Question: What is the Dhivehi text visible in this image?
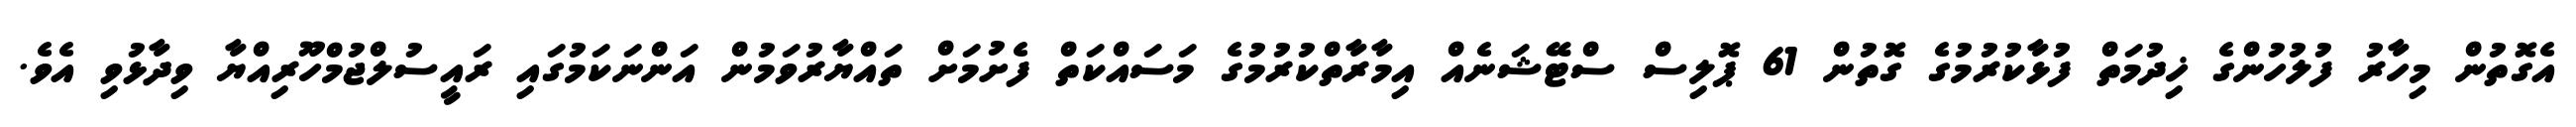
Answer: އެގޮތުން މިހާރު ފުލުހުންގެ ޚިދުމަތް ފުޅާކުރުމުގެ ގޮތުން 61 ޕޮލިސް ސްޓޭޝަނެއް އިމާރާތްކުރުމުގެ މަސައްކަތް ފެށުމަށް ތައްޔާރުވަމުން އަންނަކަމުގައި ރައީސުލްޖުމްހޫރިއްޔާ ވިދާޅުވި އެވެ.